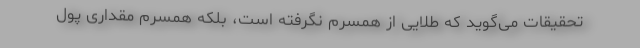
تحقیقات می‌گوید که طلایی از همسرم نگرفته است، بلکه همسرم مقداری پول